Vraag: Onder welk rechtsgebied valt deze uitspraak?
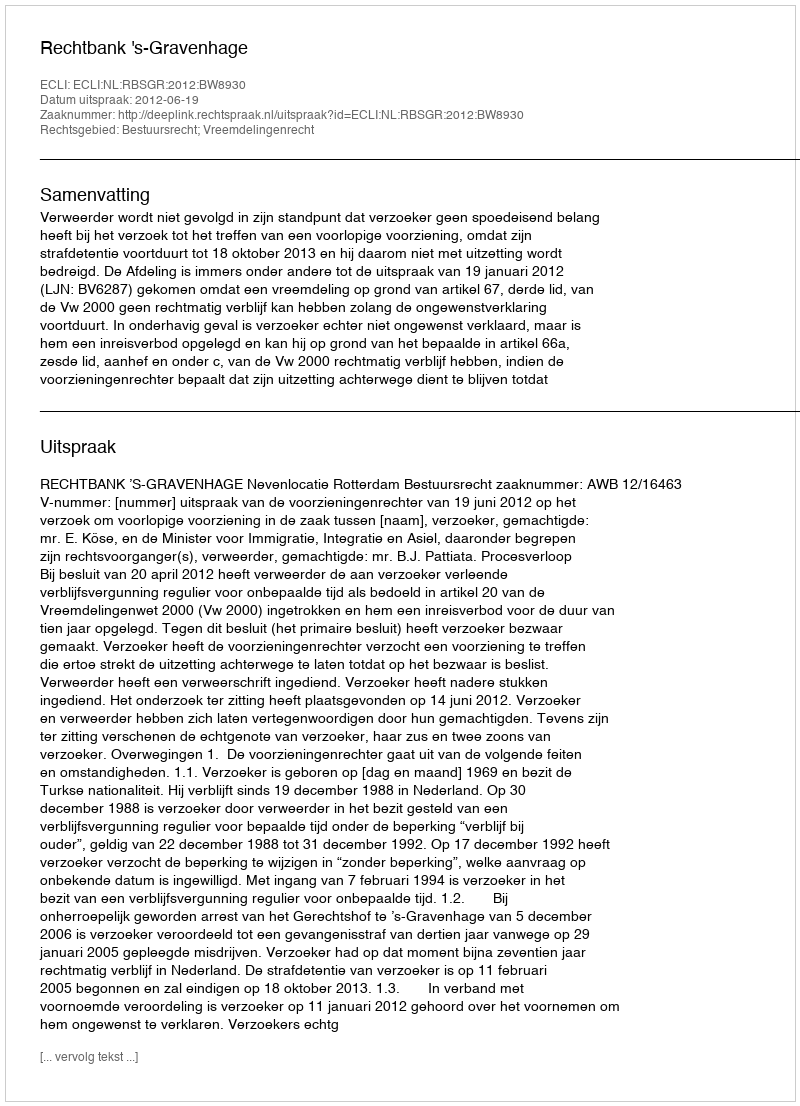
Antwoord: Bestuursrecht; Vreemdelingenrecht